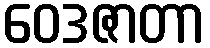
ဝေဒဇာတာ